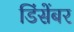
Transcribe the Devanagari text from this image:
डिंसेंबर